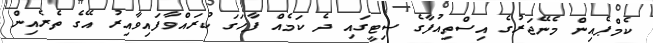
ކެމްޕެއިން މެނޭޖަރުގެ އިސްތިއުފާގެ ސިޓީގައި ދެ ކަމެއް ފާހަގަ ކުރައްވާފައިވާއިރު އޭގެ ތެރެއިން